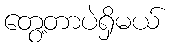
တွေ့တာပဲရှိမယ်